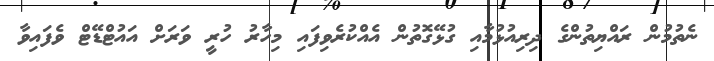
ނެތުމުން ރައްޔިތުންގެ ދިރިއުޅުމާއި ގުޅޭގޮތުން އެއްކުރެވިފައި މިހާރު ހުރީ ވަރަށް އައުޓްޑޭޓް ވެފައިވާ